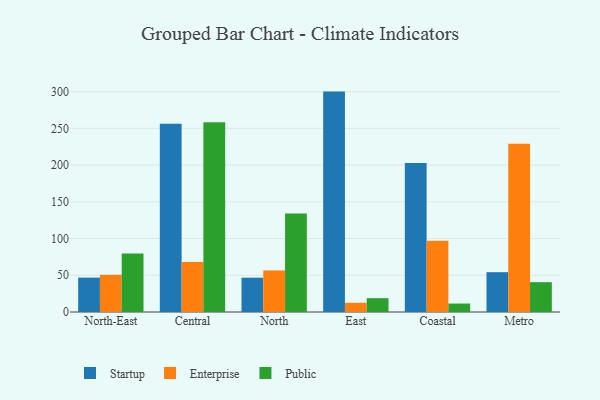
{"axis": {"x": "Region", "y": "Churn Rate (%)"}, "legend": ["Enterprise", "Public", "Startup"], "data": [{"x": "North-East", "y": 46.8, "type": "Startup"}, {"x": "North-East", "y": 50.6, "type": "Enterprise"}, {"x": "North-East", "y": 79.6, "type": "Public"}, {"x": "Central", "y": 256.2, "type": "Startup"}, {"x": "Central", "y": 68.0, "type": "Enterprise"}, {"x": "Central", "y": 258.4, "type": "Public"}, {"x": "North", "y": 46.7, "type": "Startup"}, {"x": "North", "y": 56.6, "type": "Enterprise"}, {"x": "North", "y": 134.1, "type": "Public"}, {"x": "East", "y": 300.0, "type": "Startup"}, {"x": "East", "y": 12.5, "type": "Enterprise"}, {"x": "East", "y": 18.8, "type": "Public"}, {"x": "Coastal", "y": 202.8, "type": "Startup"}, {"x": "Coastal", "y": 97.0, "type": "Enterprise"}, {"x": "Coastal", "y": 11.5, "type": "Public"}, {"x": "Metro", "y": 54.2, "type": "Startup"}, {"x": "Metro", "y": 229.0, "type": "Enterprise"}, {"x": "Metro", "y": 40.6, "type": "Public"}]}